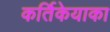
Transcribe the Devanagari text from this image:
कर्तिकेयाका